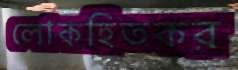
লোকহিতকর